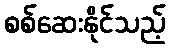
စစ်ဆေးနိုင်သည့်